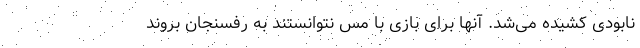
نابودی کشیده می‌شد. آنها برای بازی با مس نتوانستند به رفسنجان بروند